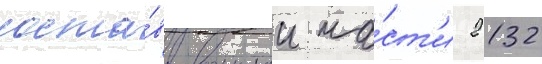
соста́в воинскои ча́ст'и 2132